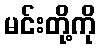
မင်းတို့ကို